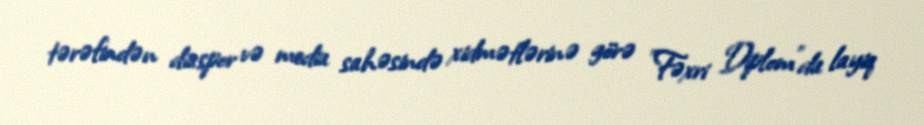
tərəfindən diaspor və media sahəsində xidmətlərinə görə "Fəxri Diplom"da layiq